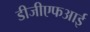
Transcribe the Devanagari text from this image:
डीजीएफआई